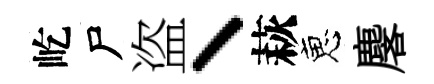
屹尸盗丶萩恵麐